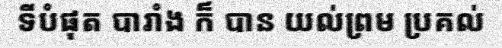
ទីបំផុត បារាំង ក៏ បាន យល់ព្រម ប្រគល់